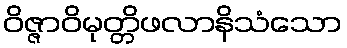
ဝိဇ္ဇာဝိမုတ္တိဖလာနိသံသော